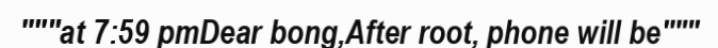
"""at 7:59 pmDear bong,After root, phone will be"""